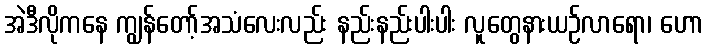
အဲဒီလိုကနေ ကျွန်တော့်အသံလေးလည်း နည်းနည်းပါးပါး လူတွေနားယဉ်လာရော၊ ဟော